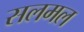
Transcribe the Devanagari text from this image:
सलमल